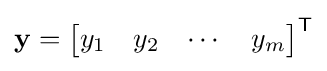
\mathbf {y} ={\begin{bmatrix}y_{1}&y_{2}&\cdots &y_{m}\end{bmatrix}}^{\mathsf {T}}